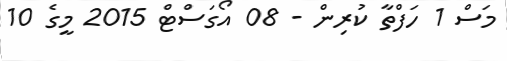
މަސް 1 ހަފްތާ ކުރިން - 08 އޯގަސްޓް 2015 މީގެ 10